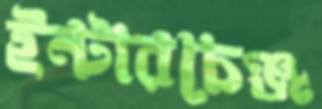
ইন্টারচেঞ্জ